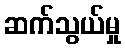
ဆက်သွယ်မှု